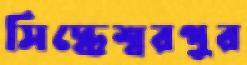
সিদ্ধেশ্বরপুর